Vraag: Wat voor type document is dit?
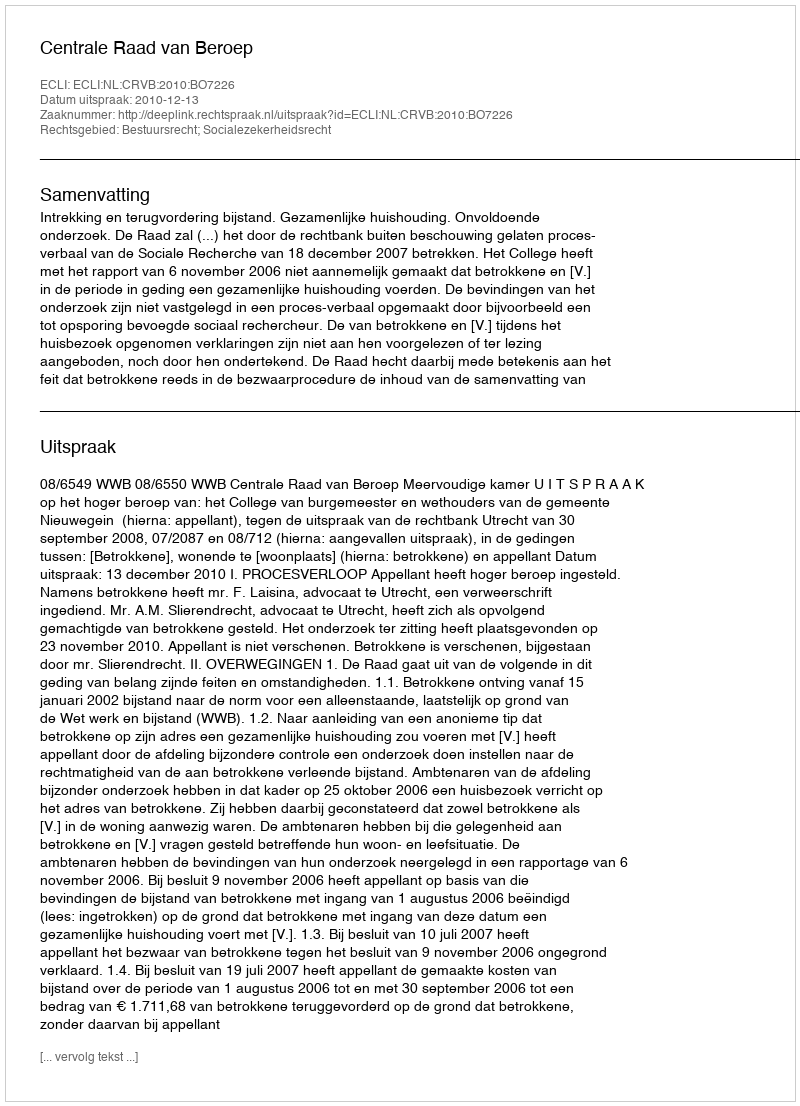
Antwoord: Uitspraak